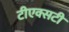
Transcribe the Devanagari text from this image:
टीएक्सटी